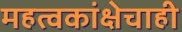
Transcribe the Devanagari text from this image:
महत्वकांक्षेचाही